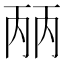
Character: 𰀕